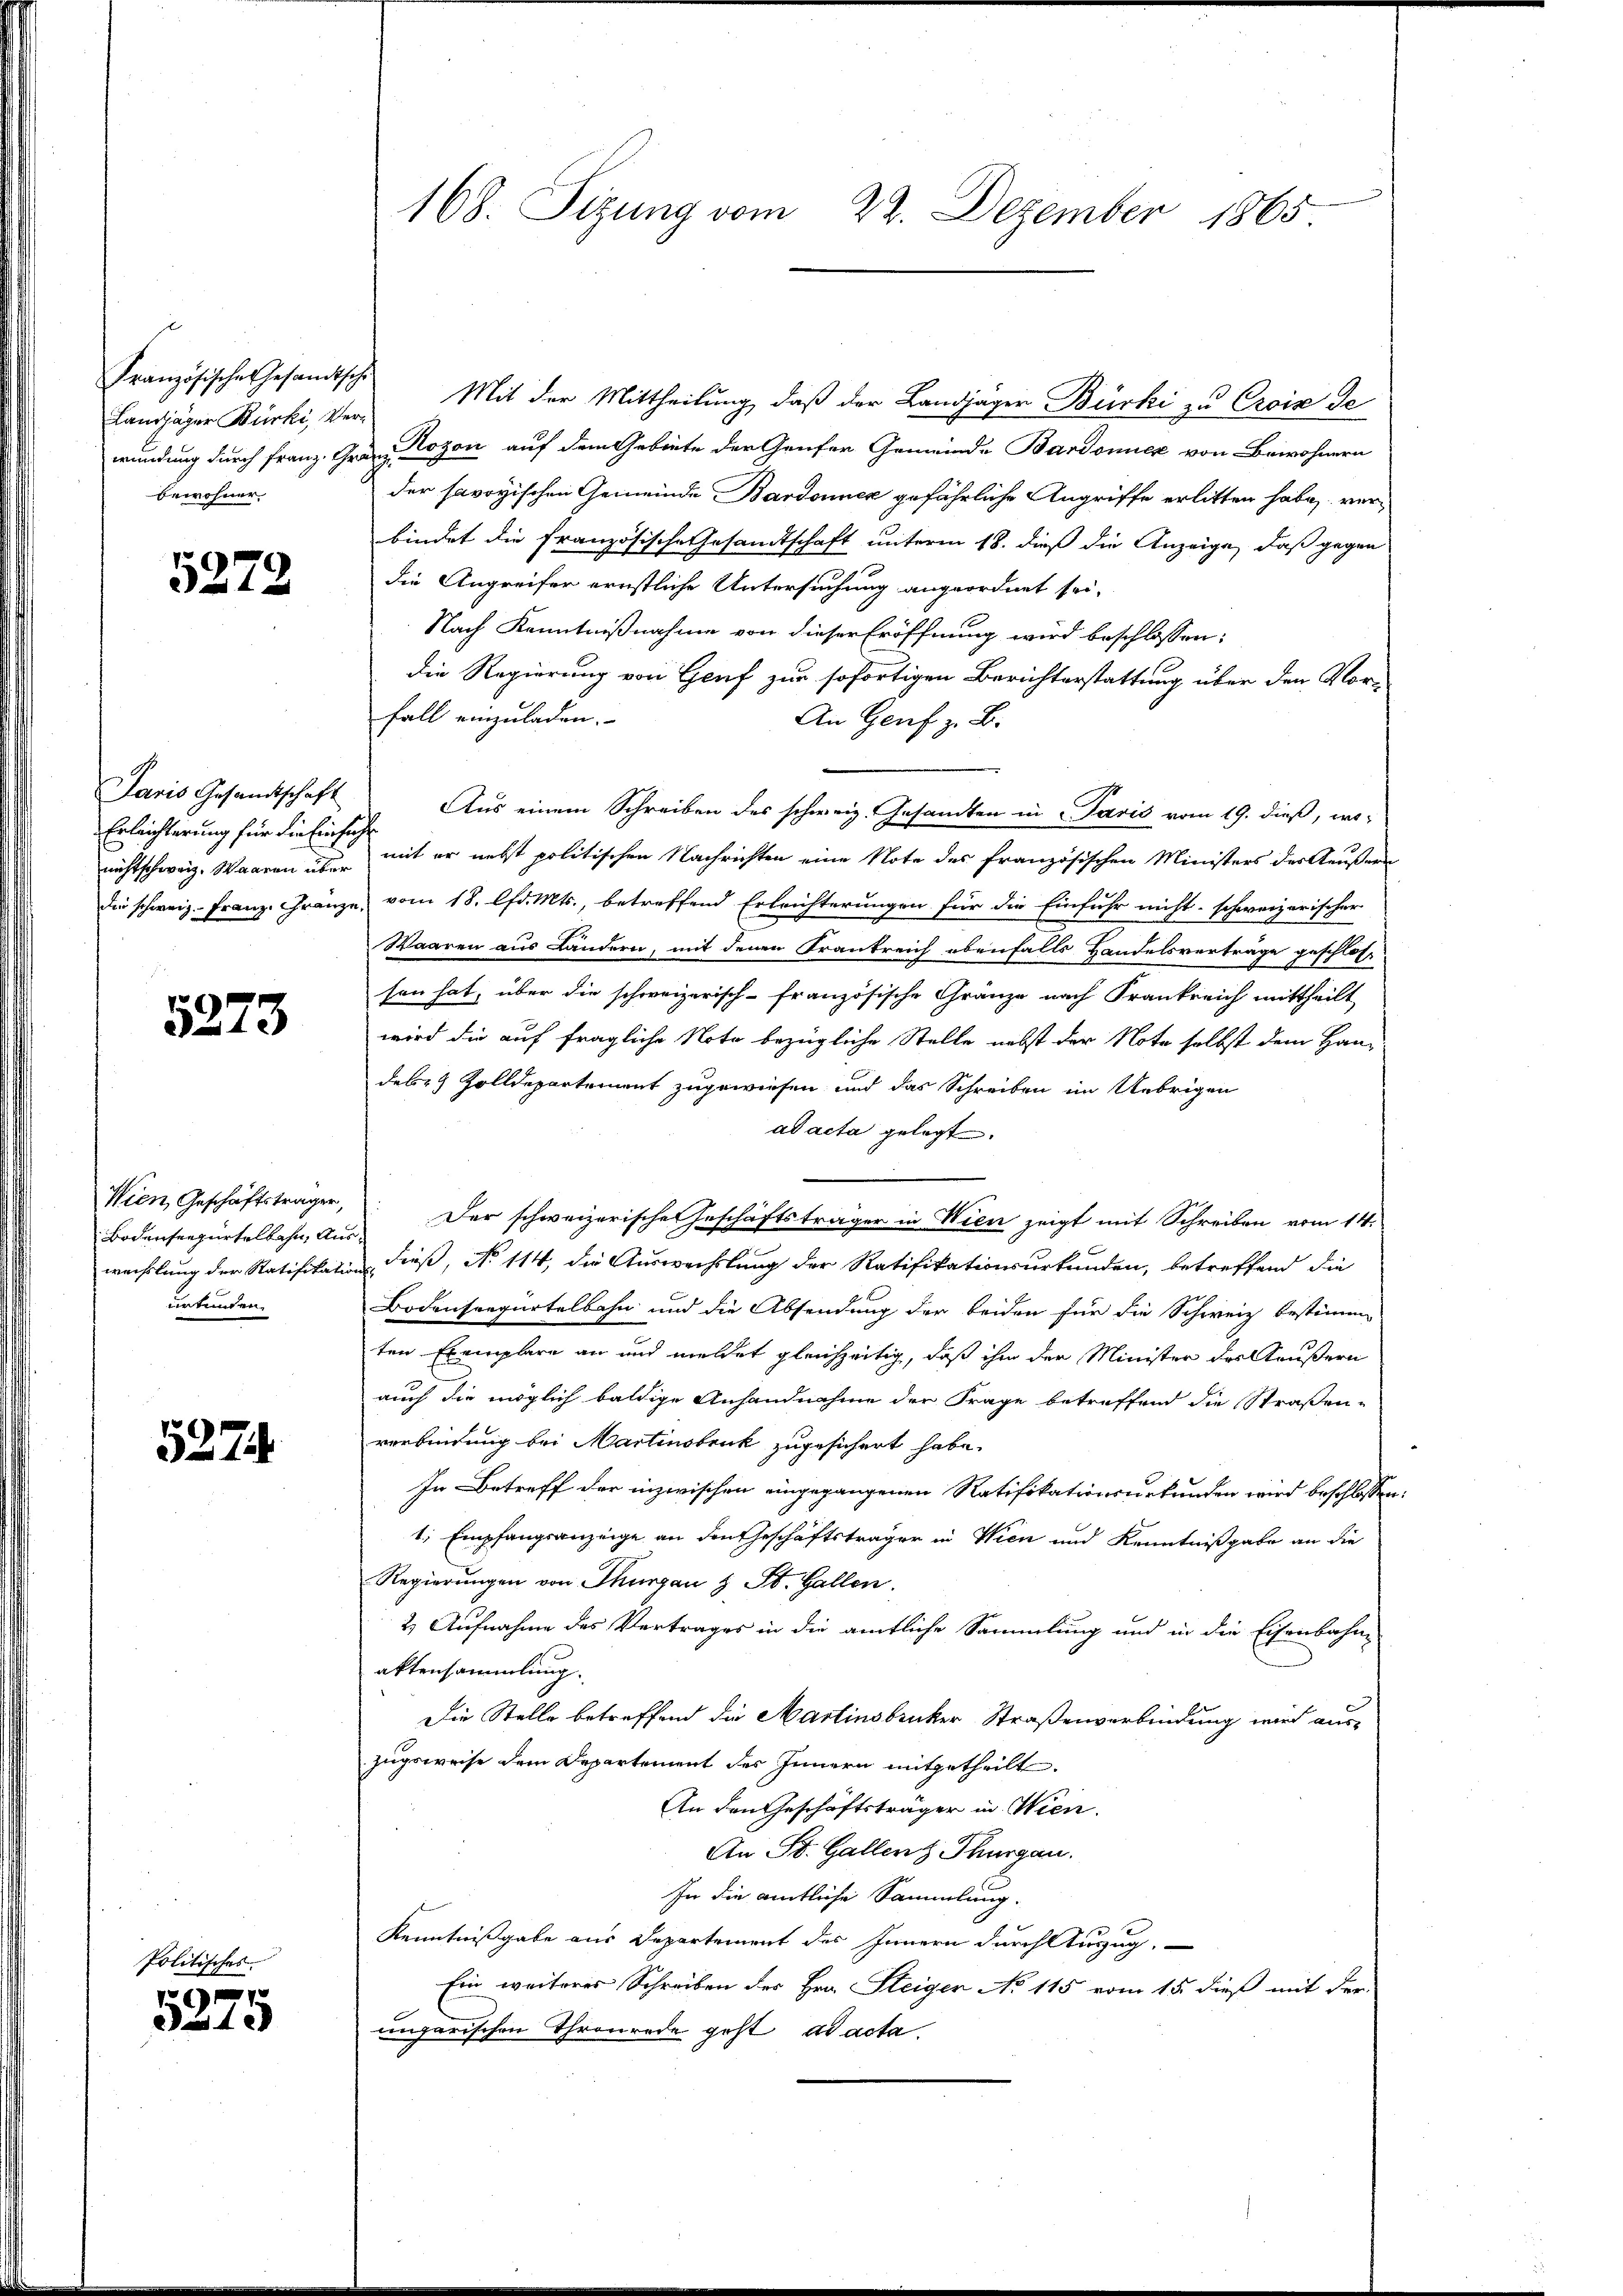
Französisches Gesandtsche
Landjäger Bürki, Verbewohner

5272

Jaris Gesandtschaft
Erleichterung für die Einsiche

5273

Wien, Geschäftsträger,
Bodenseepürtelbahn, Ausurtenden.

5274.

Politisches

5275

Mit der Mittheilung, daß der Landjäger Bürki zu Croix de
wundung durch Franz. Gränz Rozon auf dem Gebiete der Genfer Gemeinde Bardonner von Bewohnern
der savoyischen Gemeinde Bardonnex gefährliche Angriffe erlitten habe verbindet die Französische Gesandtschaft unterm 18. dieß die Anzeige, daß gegen
die Angreifer ernstliche Untersuchung angeordnet sei,
Nach Kenntnißnahme von dieser Eröffnung wird beschlossen:
die Regierung von Genf zur sofortigen Berichterstattung über den Vorfall einzuladen.
An Genf z. B.
Aus einem Schreiben des schweiz. Gesandten in Paris vom 19. dieß, wo-
nichtschweiz. Waaren u. mit er nebst politischen Nachrichten eine Note des französischen Ministers der Aeußern
die schweiz. Franz. Gränze, vom 18. lfd. Mts., betreffend Erleichterungen für die Einfuhr nicht schweizerischer
Waaren aus Landern, mit denen Krankreich ebenfalls Handelsverträge geschloss
sen hat, über die schweizerisch-französische Gränze nach Frankreich mittheilt
wird die auf fragliche Note bezügliche Stelle nebst der Note selbst dem Handebes Zolldepartement zugewiesen und das Schreiben im Uebrigen
ad acta gelegt.
Der schweizerisches Geschäftsträger in Wien zeigt mit Schreiben vom 14.
wechslung der Ratifikation dieß, No 114, die Auswechslung der Ratifikationsurkunden, betreffend die
Bodensregürtelbahn und die Absendung der beiden für die Schweiz bestimm-
ten Exemplare an und meldet gleichzeitig, daß ihm der Minister des Käußern
auch die möglich baldige Anhandnahme der Frage betreffend die Straßen-
verbindung bei Martinsbruck zugesichert habe.
In Betreff der inzwischen eingegangenen Ratifikationsurkunden wird beschlossen:
1, Empfangsanzeige an den Geschäftsträger in Wien und Kenntnißgabe an die
Regierungen von Thurgau & St. Gallen.
2) Aufnahme des Vertrages in die amtliche Sammlung und in die Eisenbahn-
aktensammlung.
Die Stelle betreffend die Martinsbrucker Straßenverbindung wird aus-
zugsweise dem Departement des Innern mitgetheilt.
An den Geschäftsträger in Wien.
An St. Gallen z. Thurgau.
In die amtliche Sammlung.
Kenntnißgabe aus Departement des Innern durch Auszug.
Ein weiteres Schreiben des Hrn. Steiger No 115 vom 15. dieß mit der
ungarischen Thronrede geht ad acta.

168. Sizung vom 22. Dezember 1865.